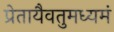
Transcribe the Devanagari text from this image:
प्रेतायैवतुमध्यमं